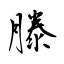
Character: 滕